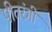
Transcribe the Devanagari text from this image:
पीतरंगी